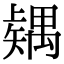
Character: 𥐂